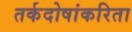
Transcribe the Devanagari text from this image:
तर्कदोषांकरिता